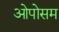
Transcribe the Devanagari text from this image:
ओपोसम